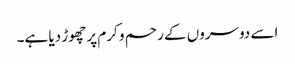
اسے دوسروں کے رحم و کرم پر چھوڑ دیا ہے۔